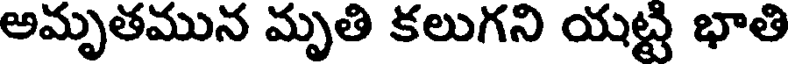
అమృతమున మృతి కలుగని యట్టి భాతి